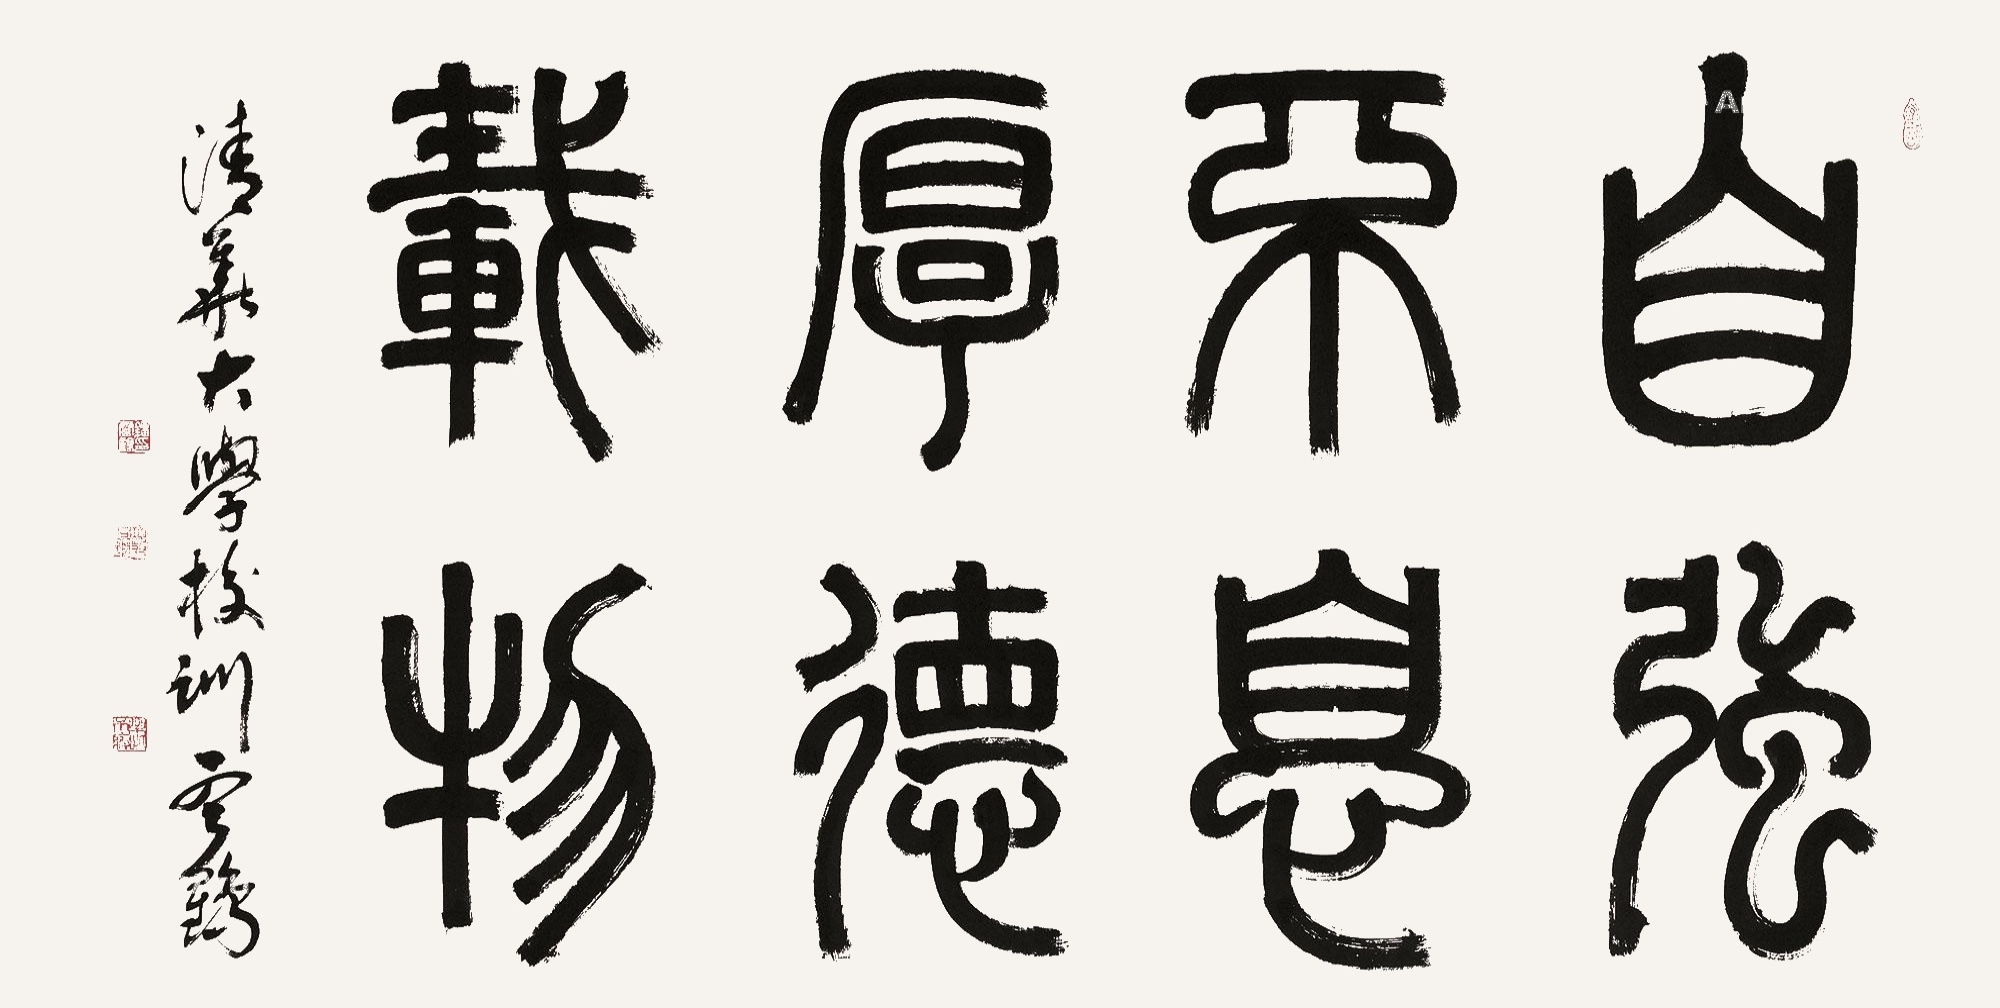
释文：自强不息厚德载物清华大学校训云鹤